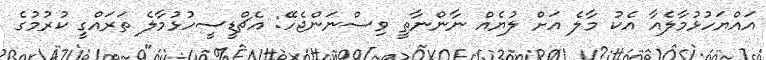
އައްޔަހުޅުމާލެއާ އެކު މާލެ އަށް ލުޔެއް ނާންނާތީ ވިސްނަންޖެހޭ: އެޗްޑީސީހުޅުމާލެ ތަރައްގީ ކުރުމުގެ